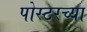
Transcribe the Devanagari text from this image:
पोस्टरच्या